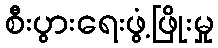
စီးပွားရေးဖွံ့ဖြိုးမှု